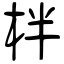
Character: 柈